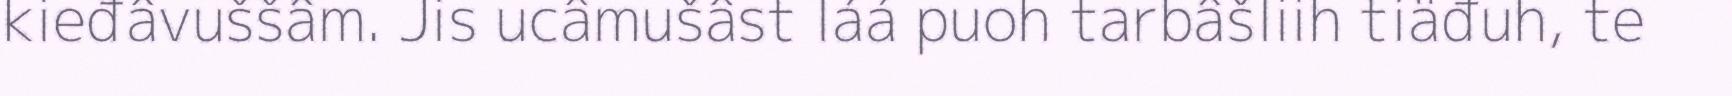
kieđâvuššâm. Jis ucâmušâst láá puoh tarbâšliih tiäđuh, te